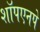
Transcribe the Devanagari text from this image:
शॉपएनपे